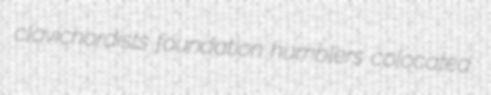
clavichordists foundation humblers colocated